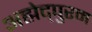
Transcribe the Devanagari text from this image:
अह्मेद्पुरम